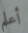
أعلم